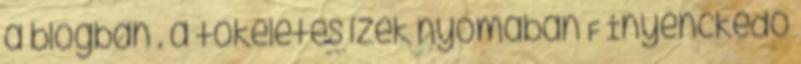
a blogban . a tökéletes ízek nyomában F Ínyenckedő